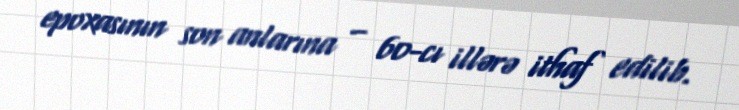
epoxasının son anlarına – 60-cı illərə ithaf edilib.